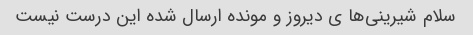
سلام شیرینی‌ها ی دیروز و مونده ارسال شده این درست نیست